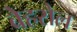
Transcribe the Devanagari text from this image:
बेहरोल